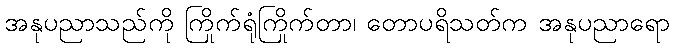
အနုပညာသည်ကို ကြိုက်ရုံကြိုက်တာ၊ တောပရိသတ်က အနုပညာရော